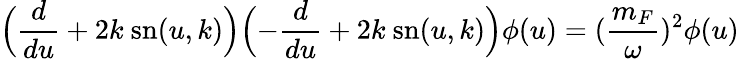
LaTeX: \Bigl(\frac{d}{du}+2k~\mathrm{sn}(u,k)\Bigr)\Bigl(-\frac{d}{du}+2k~\mathrm{sn}(u,k)\Bigr)\phi(u)=(\frac{m_{F}}{\omega})^{2}\phi(u)